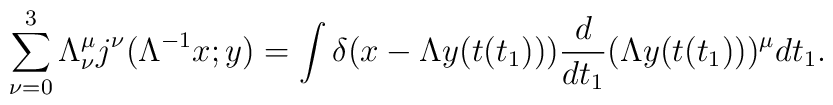
\sum_{\nu = 0}^{3} \Lambda_{\nu }^{\mu } j^{\nu }(\Lambda^{- 1} x;y) =\int \delta (x - \Lambda y(t(t_{1}))) \frac{d}{dt_{1}}(\Lambda y(t(t_{1})))^{\mu } dt_{1}.